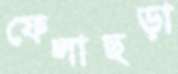
ফেলাছড়া